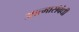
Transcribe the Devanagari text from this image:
आत्मासंबंधी